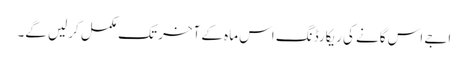
اجے اس گانے کی ریکارڈنگ اس ماہ کے آخر تک مکمل کرلیں گے۔